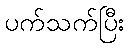
ပက်သက်ပြီး